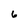
Character: 6